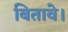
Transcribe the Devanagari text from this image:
बितावे।